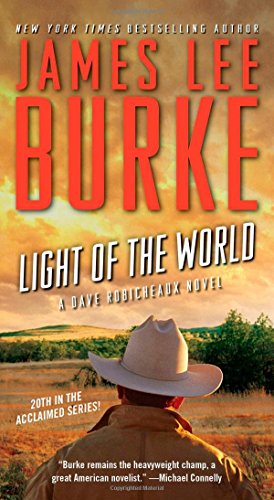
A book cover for Light of the World: A Dave Robicheaux Novel; James Lee Burke; Mystery, Thriller & Suspense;